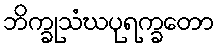
ဘိက္ခုသံဃပုရက္ခတော